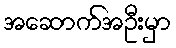
အဆောက်အဦးမှာ